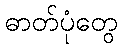
ဓာတ်ပုံတွေ